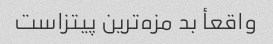
واقعأ بد مزه‌ترین پیتزاست